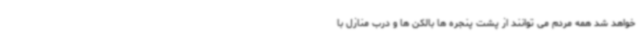
خواهد شد همه مردم می توانند از پشت پنجره ها بالکن ها و درب منازل با